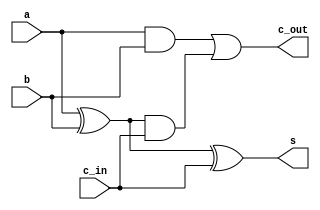
module full_adder(a, b, c_in, s, c_out);

input a;
input b;
input c_in;

output s;
output c_out;

assign s = (a ^ b) ^ c_in;
assign c_out = (a & b) | ((a ^ b) & c_in);

endmodule

/*
module full_adder(a, b, c_in, s, c_out);

input a;
input b;
input c_in;

output s;
output c_out;

wire x;
wire y;
wire z;

assign x = a ^ b;
assign z = a & b;
assign s = x ^ c_in;

assign y = x & c_in;
assign c_out = y | z;

endmodule
*/